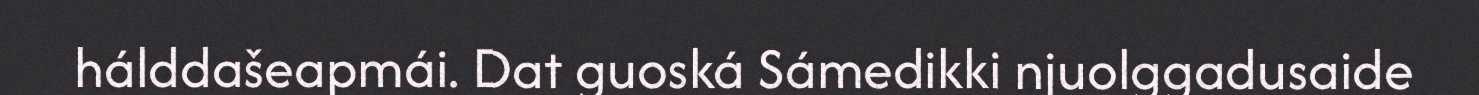
hálddašeapmái. Dat guoská Sámedikki njuolggadusaide